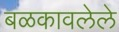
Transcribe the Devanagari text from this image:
बळकावलेले